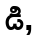
డి,